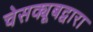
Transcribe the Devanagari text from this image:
चेसक्यूबद्वारा